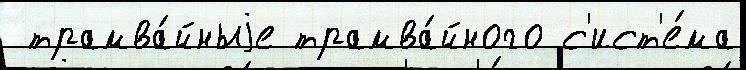
 трамва́йныjе трамва́йного с'ист'е́ма